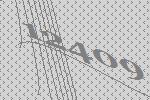
12409